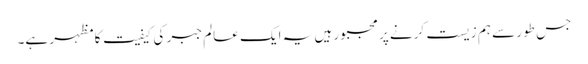
جس طور سے ہم زیست کرنے پر مجبور ہیں یہ ایک عالم جبر کی کیفیت کا مظہر ہے۔